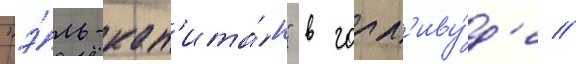
"э́ль-кап'ита́н" в голл'иву́д'е //